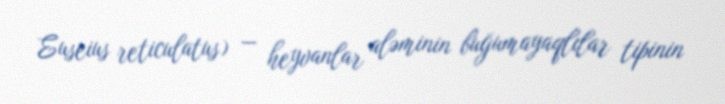
Euseius reticulatus) — heyvanlar aləminin buğumayaqlılar tipinin